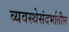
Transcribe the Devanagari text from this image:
व्यवस्थेसंदर्भातील